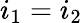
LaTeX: i_{1}=i_{2}